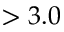
> 3 . 0